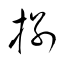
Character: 捌